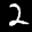
Label: 2